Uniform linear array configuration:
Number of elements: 24
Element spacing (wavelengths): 0.75
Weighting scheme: hamming
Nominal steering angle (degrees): -30
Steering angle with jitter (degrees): -30.156
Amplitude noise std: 0.05
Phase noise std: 0.05

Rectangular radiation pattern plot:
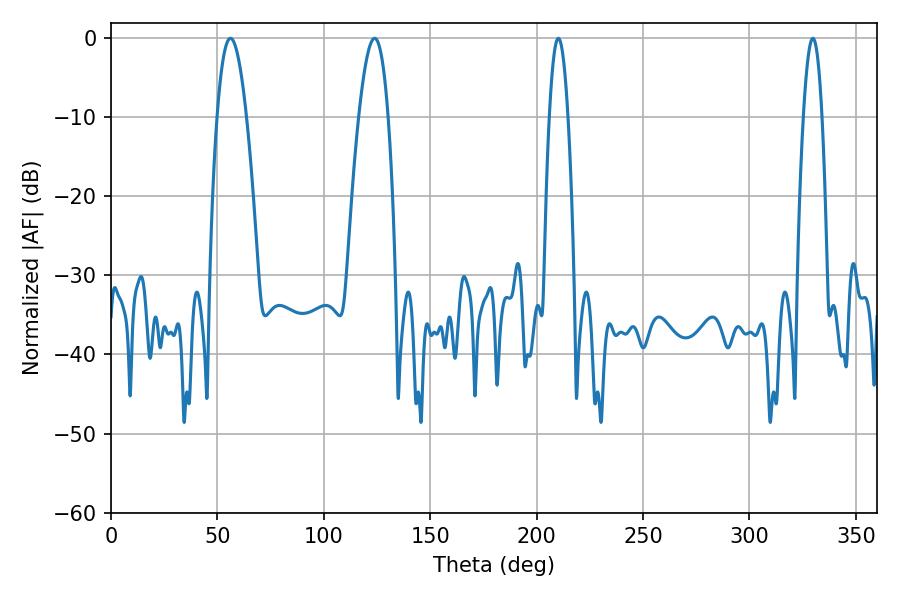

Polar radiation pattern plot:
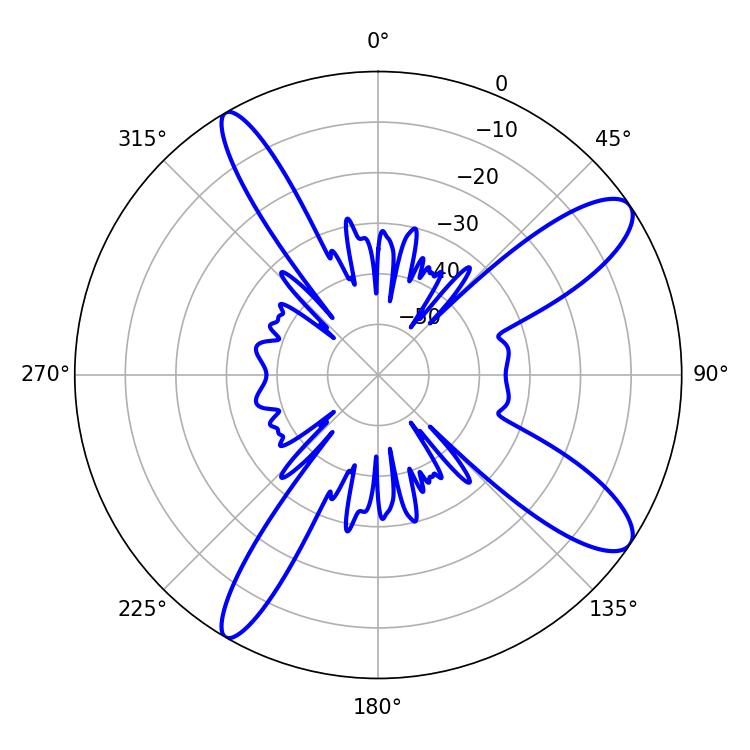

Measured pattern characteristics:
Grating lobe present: TRUE
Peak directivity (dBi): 11.37
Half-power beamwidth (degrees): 7.56
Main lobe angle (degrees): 56.16